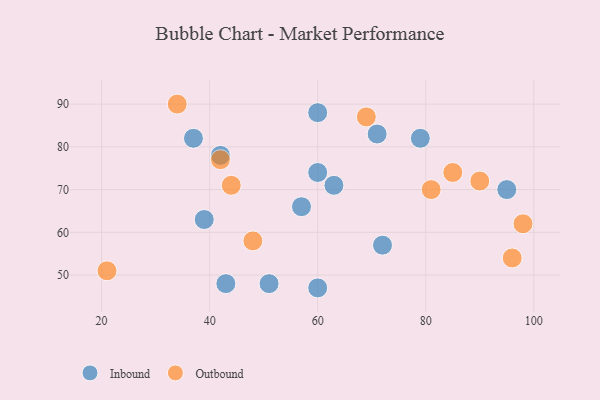
{"axis": {"x": "GDP", "y": "Life Expectancy"}, "legend": ["Inbound", "Outbound"], "data": [{"x": "51", "y": 48, "type": "Inbound"}, {"x": "71", "y": 83, "type": "Inbound"}, {"x": "42", "y": 78, "type": "Inbound"}, {"x": "57", "y": 66, "type": "Inbound"}, {"x": "37", "y": 82, "type": "Inbound"}, {"x": "79", "y": 82, "type": "Inbound"}, {"x": "72", "y": 57, "type": "Inbound"}, {"x": "60", "y": 88, "type": "Inbound"}, {"x": "63", "y": 71, "type": "Inbound"}, {"x": "43", "y": 48, "type": "Inbound"}, {"x": "39", "y": 63, "type": "Inbound"}, {"x": "95", "y": 70, "type": "Inbound"}, {"x": "60", "y": 47, "type": "Inbound"}, {"x": "60", "y": 74, "type": "Inbound"}, {"x": "34", "y": 90, "type": "Outbound"}, {"x": "42", "y": 77, "type": "Outbound"}, {"x": "85", "y": 74, "type": "Outbound"}, {"x": "48", "y": 58, "type": "Outbound"}, {"x": "21", "y": 51, "type": "Outbound"}, {"x": "44", "y": 71, "type": "Outbound"}, {"x": "98", "y": 62, "type": "Outbound"}, {"x": "81", "y": 70, "type": "Outbound"}, {"x": "96", "y": 54, "type": "Outbound"}, {"x": "69", "y": 87, "type": "Outbound"}, {"x": "90", "y": 72, "type": "Outbound"}]}